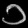
Digit: ၁